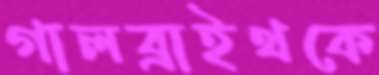
গালব্রাইথকে